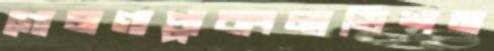
গোলগাপ্পাবাংলাভিশন